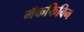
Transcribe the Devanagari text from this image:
मॅककिबिन